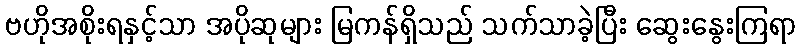
ဗဟိုအစိုးရနှင့်သာ အပိုဆုများ မြကန်ရှိသည် သက်သာခဲ့ပြီး ဆွေးနွေးကြရာ